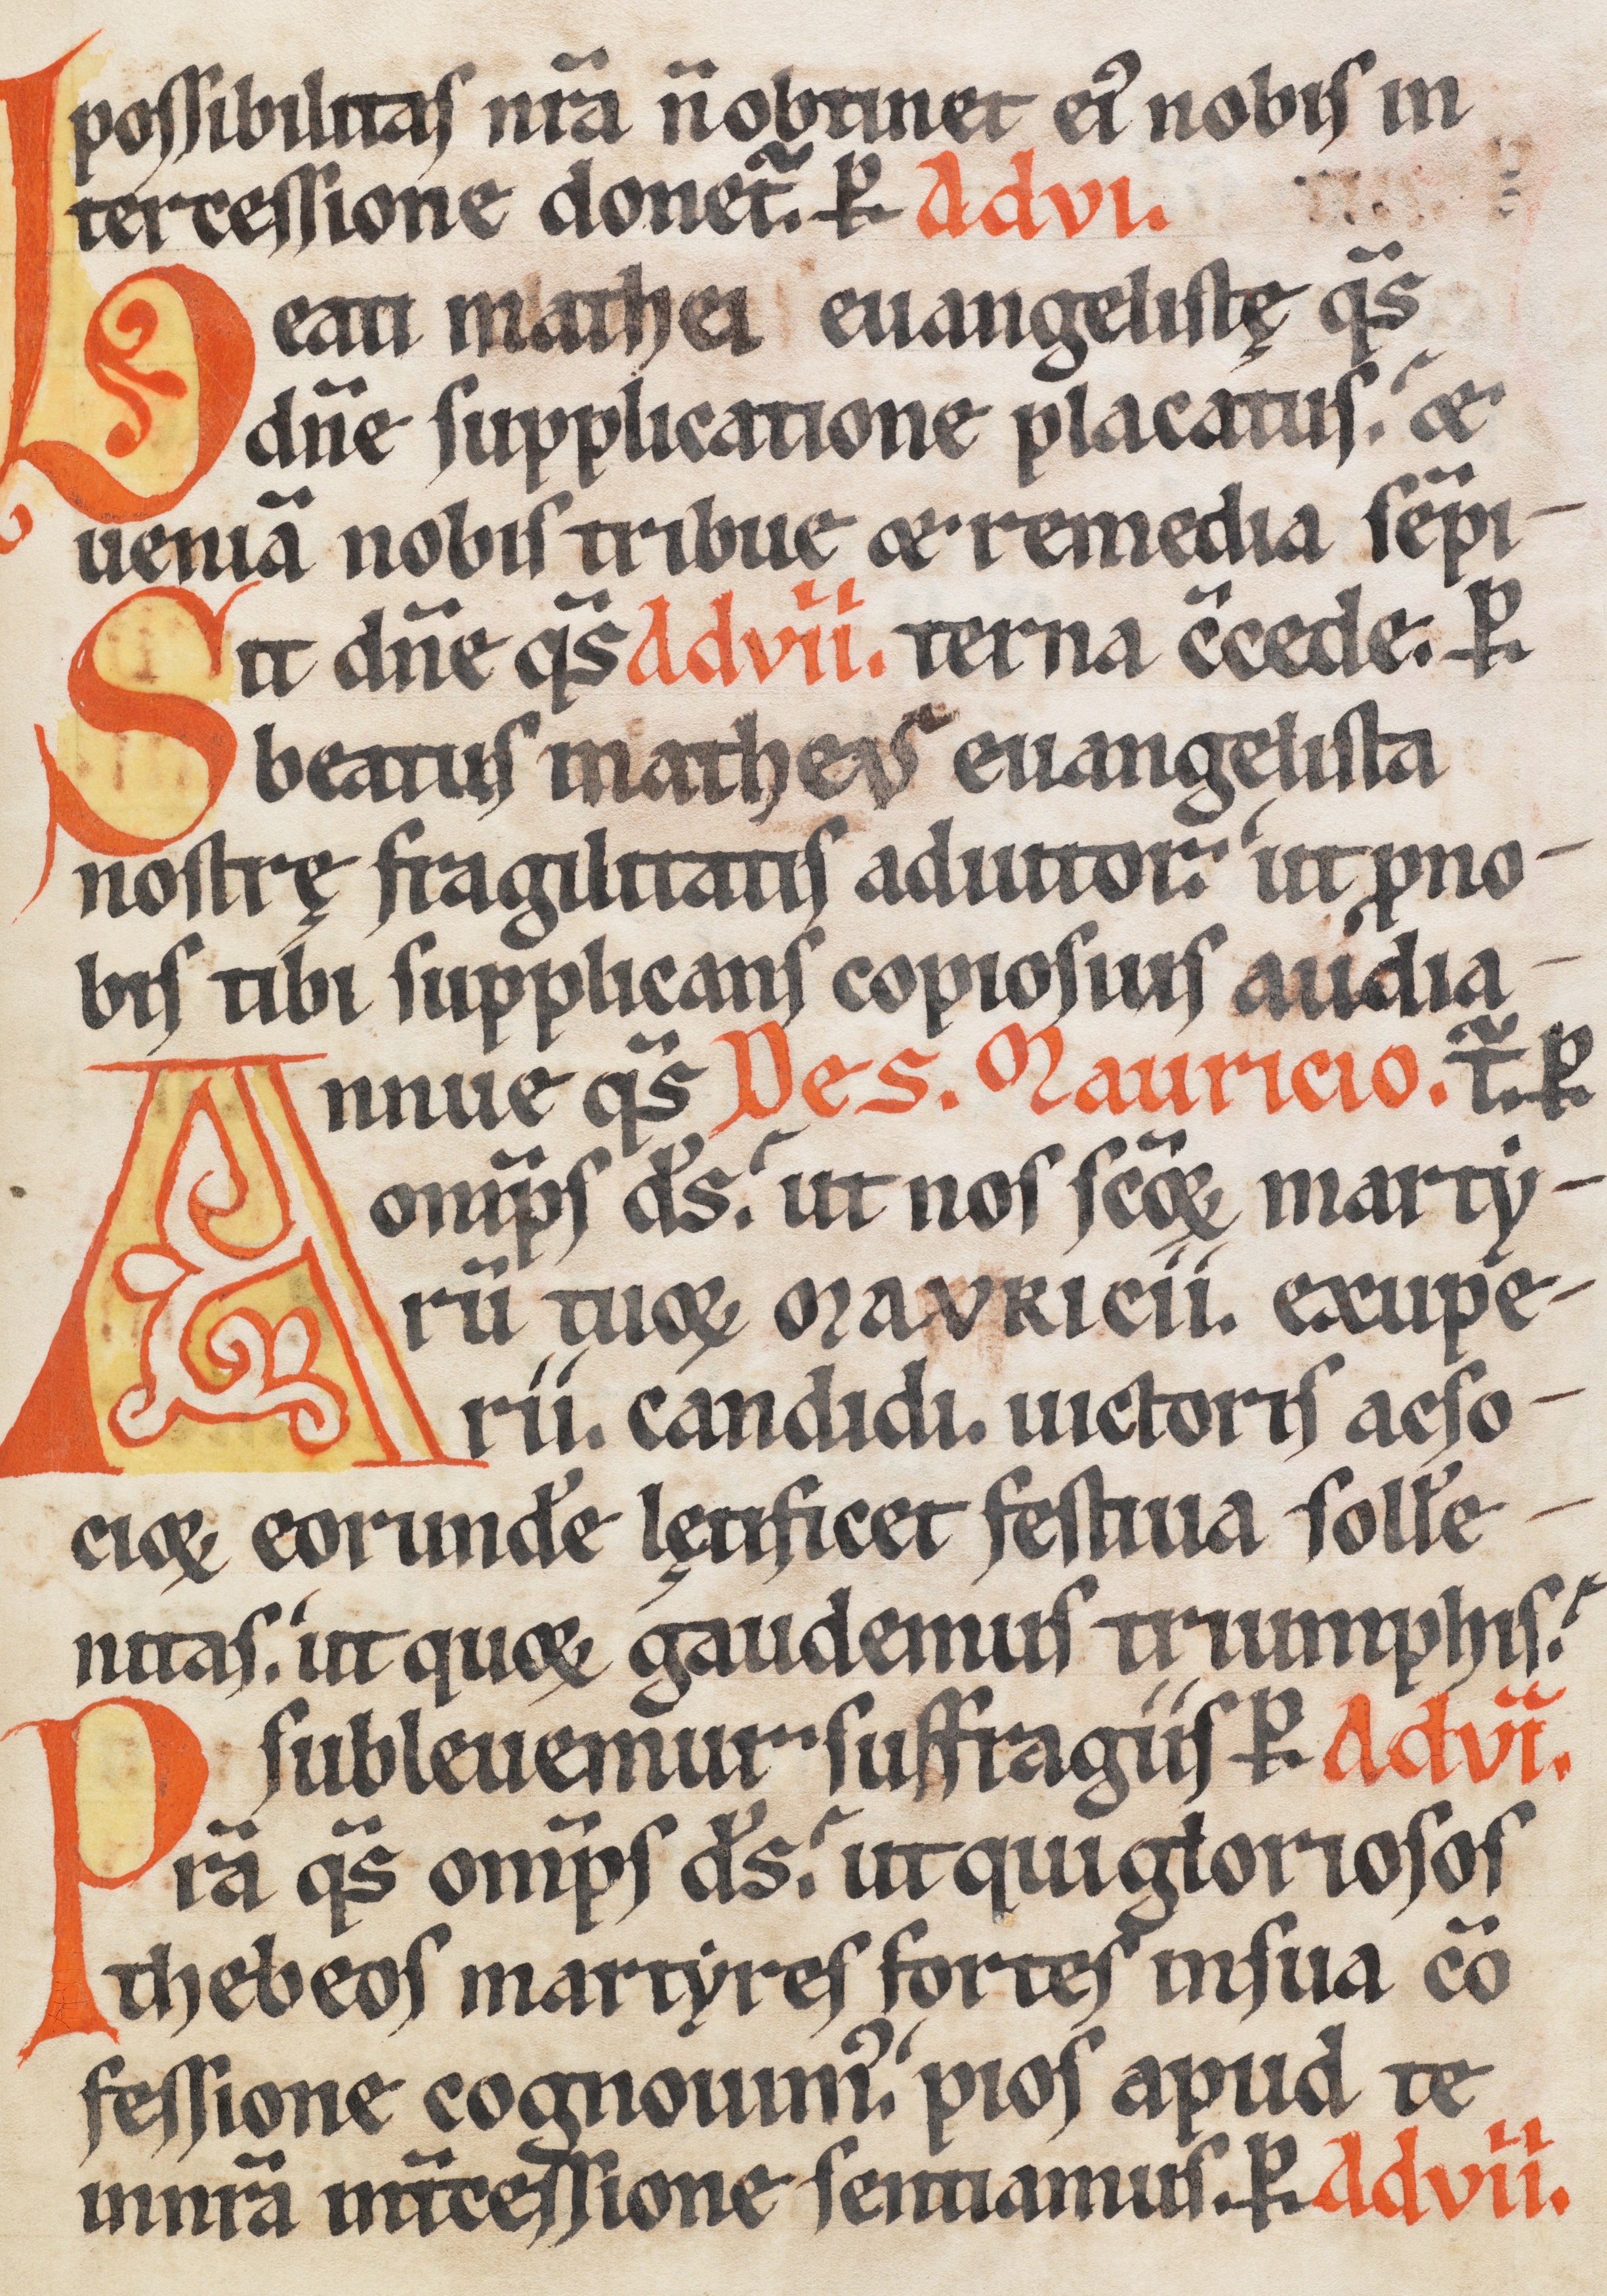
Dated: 1170–1230